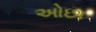
અોછા